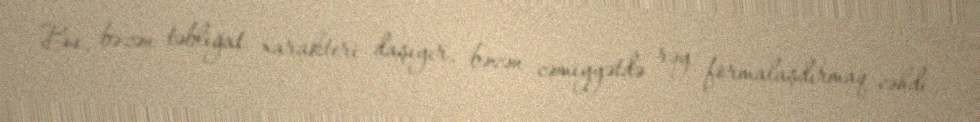
Bu, bəzən təbliğat xarakteri daşıyır, bəzən cəmiyyətdə rəy formalaşdırmaq cəhdi